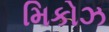
મિકોઝ